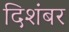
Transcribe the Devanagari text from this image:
दिशंबर